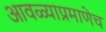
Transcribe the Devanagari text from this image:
आवळ्याप्रमाणेच